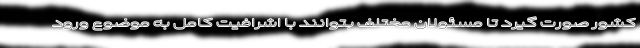
کشور صورت گیرد تا مسئولان مختلف بتوانند با اشرافیت کامل به موضوع ورود